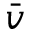
\bar { v }